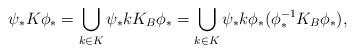
LaTeX: \begin{align*} \psi_*K\phi_* = \bigcup_{k \in K} \psi_*kK_B\phi_* = \bigcup_{k \in K} \psi_*k\phi_*(\phi^{-1}_*K_B\phi_*), \end{align*}